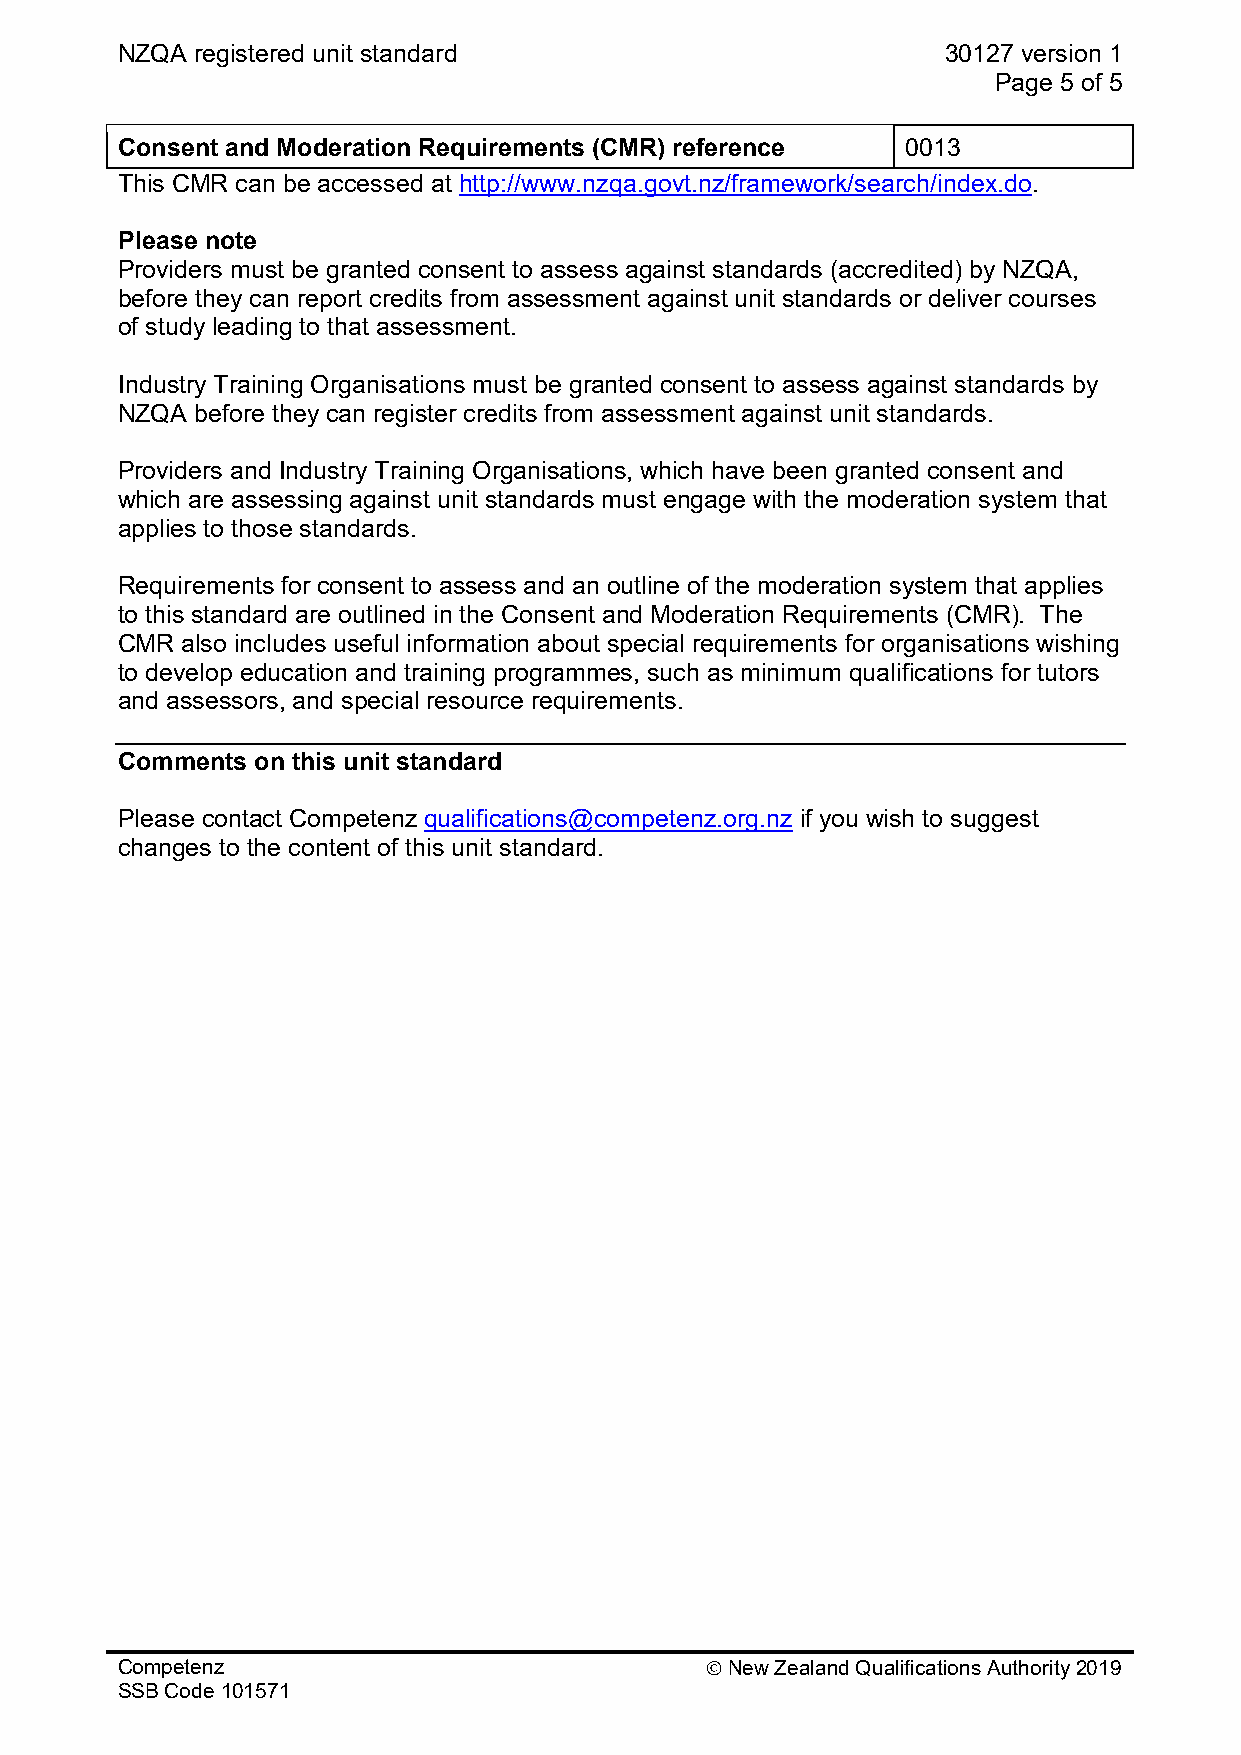
NZQA registered unit standard                         30127 version 1
 Page 5 of 5
 Consent and Moderation Requirements (CMR) reference 0013
 This CMR can be accessed at http://www.nzqa.govt.nz/framework/search/index.do.
 Please note
 Providers must be granted consent to assess against standards (accredited) by NZQA,
 before they can report credits from assessment against unit standards or deliver courses
 of study leading to that assessment.
 Industry Training Organisations must be granted consent to assess against standards by
 NZQA before they can register credits from assessment against unit standards.
 Providers and Industry Training Organisations, which have been granted consent and
 which are assessing against unit standards must engage with the moderation system that
 applies to those standards.
 Requirements for consent to assess and an outline of the moderation system that applies
 to this standard are outlined in the Consent and Moderation Requirements (CMR). The
 CMR also includes useful information about special requirements for organisations wishing
 to develop education and training programmes, such as minimum qualifications for tutors
 and assessors, and special resource requirements.
 Comments on this unit standard
 Please contact Competenz qualifications@competenz.org.nz if you wish to suggest
 changes to the content of this unit standard.
 Competenz                               New Zealand Qualifications Authority 2019
 SSB Code 101571